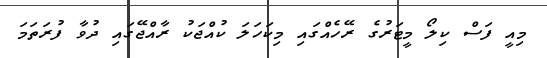
މިއީ ފަސް ކިލޯ މީޓަރުގެ ރޭހެއްގައި މިކަހަލަ ކުއްޖަކު ރާއްޖޭގައި ދުވާ ފުރަތަމަ